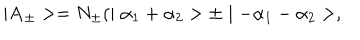
\mid { \bf A } _ { \pm } > = N _ { \pm } ( \mid \alpha _ { 1 } + \alpha _ { 2 } > \pm \mid - \alpha _ { 1 } - \alpha _ { 2 } > ,